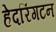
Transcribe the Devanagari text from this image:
हेदरिंगटन